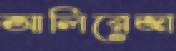
আলিরেজা